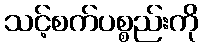
သင့်စက်ပစ္စည်းကို